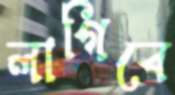
লাগিবে